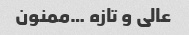
عالی و تازه …ممنون